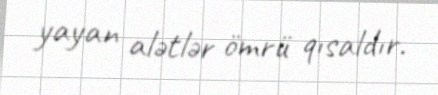
yayan alətlər ömrü qısaldır.